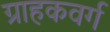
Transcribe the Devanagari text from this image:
ग्राहकवर्ग